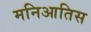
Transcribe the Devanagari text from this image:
मनिआतिस